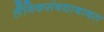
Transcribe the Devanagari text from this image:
लैंगिकसंबधाबाबत